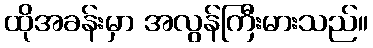
ထိုအခန်းမှာ အလွန်ကြီးမားသည်။